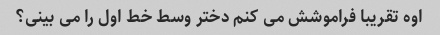
اوه تقریبا فراموشش می کنم دختر وسط خط اول را می بینی؟